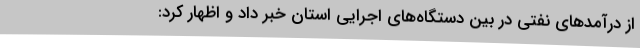
از درآمدهای نفتی در بین دستگاه‌های اجرایی استان خبر داد و اظهار کرد: